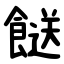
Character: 餸